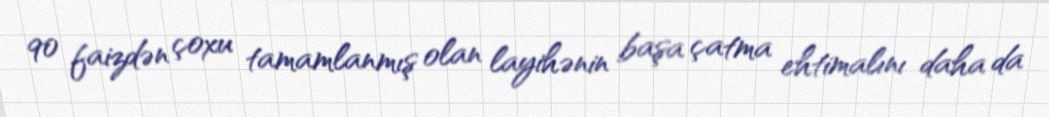
90 faizdən çoxu tamamlanmış olan layihənin başa çatma ehtimalını daha da